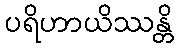
ပရိဟာယိဿန္တိ